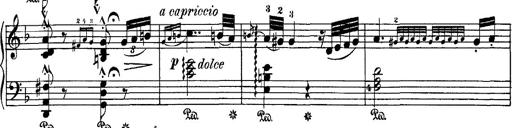
Title: Hungarian Rhapsody No.7
Composer: Franz Liszt
Key: D minor